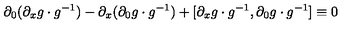
\partial _ { 0 } ( \partial _ { x } g \cdot g ^ { - 1 } ) - \partial _ { x } ( \partial _ { 0 } g \cdot g ^ { - 1 } ) + [ \partial _ { x } g \cdot g ^ { - 1 } , \partial _ { 0 } g \cdot g ^ { - 1 } ] \equiv 0